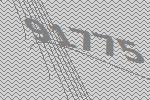
91775